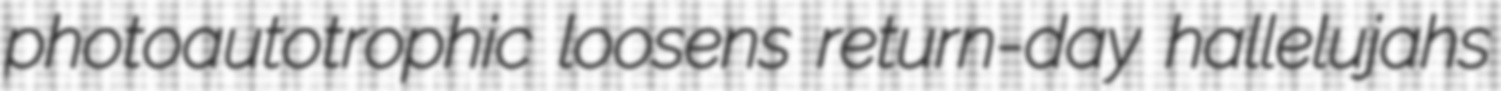
photoautotrophic loosens return-day hallelujahs